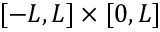
[ - L , L ] \times [ 0 , L ]